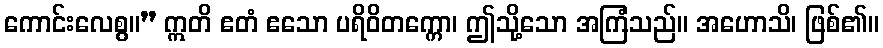
ကောင်းလေစွ။” ဣတိ ဧတံ ဧသော ပရိဝိတက္ကော၊ ဤသို့သော အကြံသည်။ အဟောသိ၊ ဖြစ်၏။